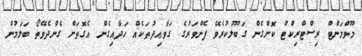
މޫވްމަންޓް ރިސްޓްރިކްޓް ކޮށްގެން ގަބޫލުކުރެވޭ ފެންވަރުގެ ގަވާޢިދުތަކެއް ހަދާއިގެން އެގޮތަށް ގެންދެވޭތޯ ބަލަމުން